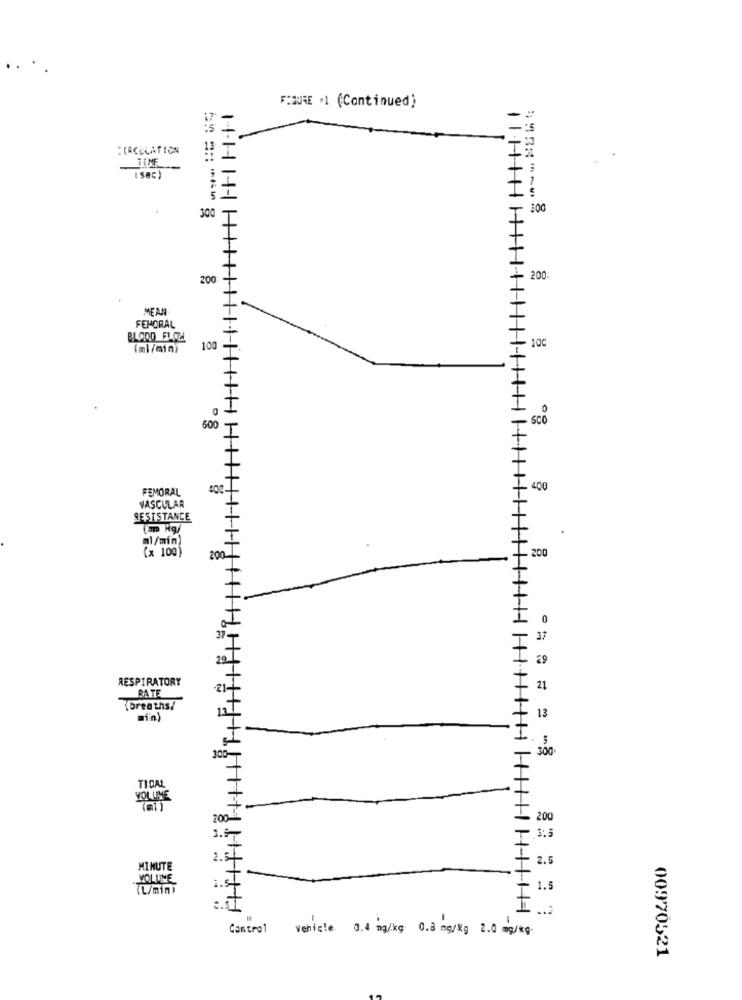
F:DURE .1 (Continued)
:CACELATION
1
TIME
(Sec)
:00
300
200
200
MEAN
FEMORAL
BLOOD FLOW
100
(ml/min)
100
Sco
600
FEMORAL
L- 400
VASCULAR
RESISTANCE
al/min)
(x 100)
200
200
0
29
RESPIRATORY
BATE
21
(breaths/
min)
13
5
300
100-
TIDAL
VOLUME
(mi)
200-
200
3.2
.3:3
2.3
2.5
MINUTE
VOLUME
TL/mini
1.
...
Control Vehicle 0.4 mg/kg 0.3 mg/kg 2.0 mg/kg.
00970521